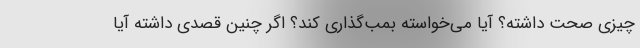
چیزی صحت داشته؟ آیا می‌خواسته بمب‌گذاری کند؟ اگر چنین قصدی داشته آیا